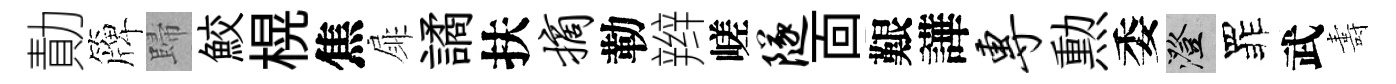
勣簰歸鮫榥焦扉譎扶摘勒辫嵯隧靣艱譁专勲委澄罪武夀